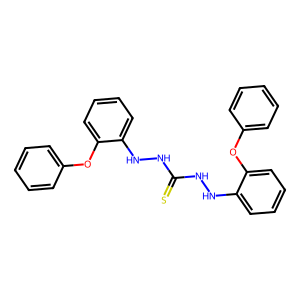
SMILES: S=C(NNc1ccccc1Oc1ccccc1)NNc1ccccc1Oc1ccccc1
Inhibits HIV replication: No